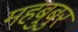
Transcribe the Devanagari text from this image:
महबुबुर